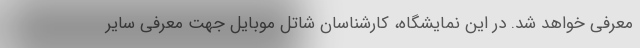
معرفی خواهد شد. در این نمایشگاه، کارشناسان شاتل موبایل جهت معرفی سایر